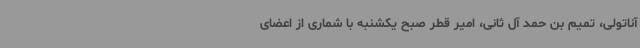
آناتولی، تمیم بن حمد آل ثانی، امیر قطر صبح یکشنبه با شماری از اعضای